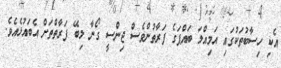
އެކި ހިސާބުތަކުގައި އަމިއްލަ ބައްޕަގެ ފަރާތުންވެސް ޖިންސީ ގޯނާ ލިބޭ ފަރާތްތަށް އެބައުޅެއެވެ.